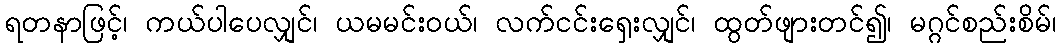
ရတနာဖြင့်၊ ကယ်ပါပေလျှင်၊ ယမမင်းဝယ်၊ လက်ငင်းရှေးလျှင်၊ ထွတ်ဖျားတင်၍၊ မဂ္ဂင်စည်းစိမ်၊